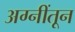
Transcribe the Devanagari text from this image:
अग्नींतून